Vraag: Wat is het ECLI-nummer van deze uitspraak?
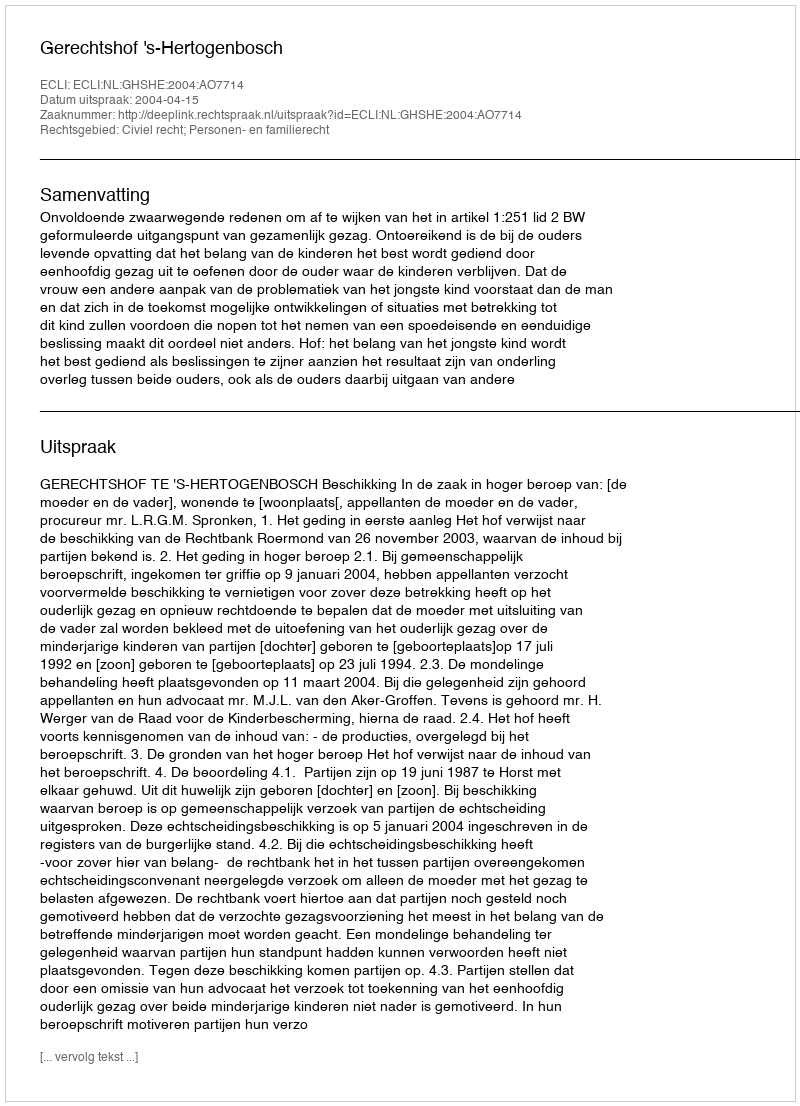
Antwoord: ECLI:NL:GHSHE:2004:AO7714